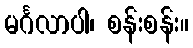
မင်္ဂလာပါ၊ စန်းစန်း။